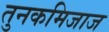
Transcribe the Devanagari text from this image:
तुनकमिजाज